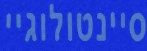
סיינטולוגיי